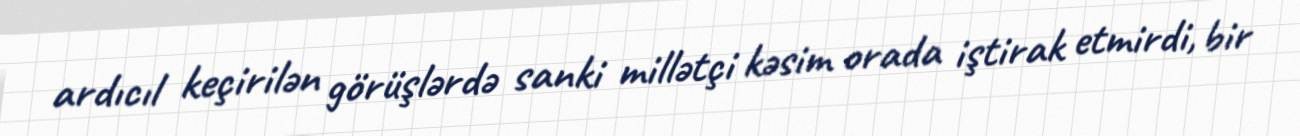
ardıcıl keçirilən görüşlərdə sanki millətçi kəsim orada iştirak etmirdi, bir